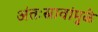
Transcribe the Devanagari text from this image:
अंतःस्रावांमुळे